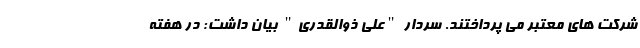
شرکت های معتبر می پرداختند. سردار "علی ذوالقدری" بیان داشت: در هفته